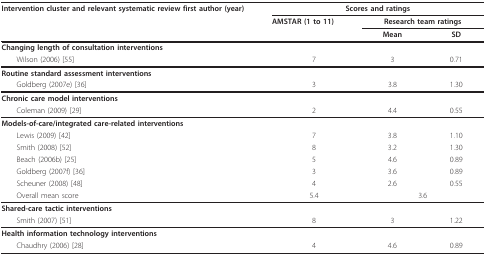
| Intervention cluster and relevant systematic review first author (year) | <COLSPAN=3> Scores and ratings |
 |  | AMSTAR (1 to 11) | <COLSPAN=2> Research team ratings |
 |  |  | Mean | SD |
 | --- | --- | --- | --- |
 | <COLSPAN=4> Changing length of consultation interventions |
 | Wilson (2006) [55] | 7 | 3 | 0.71 |
 | <COLSPAN=4> Routine standard assessment interventions |
 | Goldberg (2007e) [36] | 3 | 3.8 | 1.30 |
 | <COLSPAN=4> Chronic care model interventions |
 | Coleman (2009) [29] | 2 | 4.4 | 0.55 |
 | <COLSPAN=4> Models-of-care/integrated care-related interventions |
 | Lewis (2009) [42] | 7 | 3.8 | 1.10 |
 | Smith (2008) [52] | 8 | 3.2 | 1.30 |
 | Beach (2006b) [25] | 5 | 4.6 | 0.89 |
 | Goldberg (2007f) [36] | 3 | 3.6 | 0.89 |
 | Scheuner (2008) [48] | 4 | 2.6 | 0.55 |
 | Overall mean score | 5.4 | <COLSPAN=2> 3.6 |
 | <COLSPAN=4> Shared-care tactic interventions |
 | Smith (2007) [51] | 8 | 3 | 1.22 |
 | <COLSPAN=4> Health information technology interventions |
 | Chaudhry (2006) [28] | 4 | 4.6 | 0.89 |